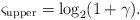
LaTeX: \begin{align*} \varsigma_{\rm upper}=\log_2(1+\gamma).\end{align*}